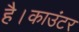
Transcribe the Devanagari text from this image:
है।काउंटर